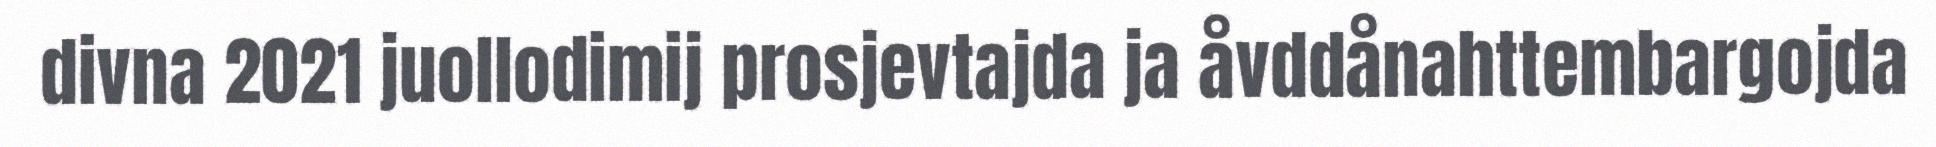
divna 2021 juollodimij prosjevtajda ja åvddånahttembargojda